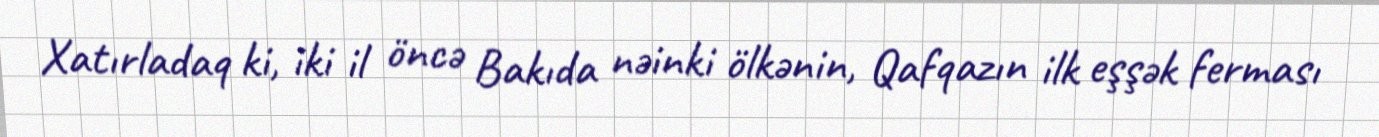
Xatırladaq ki, iki il öncə Bakıda nəinki ölkənin, Qafqazın ilk eşşək ferması